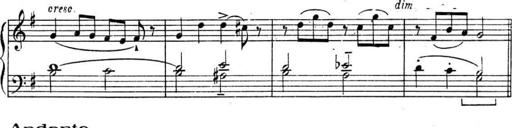
Title: Sonatines
Composer: Hedwige ChrÃ©tien